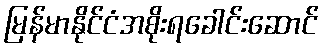
မြန်မာနိုင်ငံအစိုးရခေါင်းဆောင်